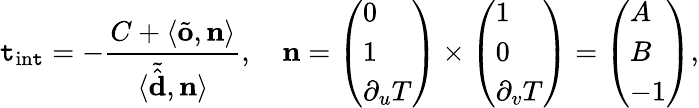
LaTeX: \mathtt{t}_{\mathrm{{in\mathtt{t}}}}=-\frac{{C+\langle\tilde{{\mathbf{{o}}}},\mathbf{{n}}\rangle}}{{\langle\tilde{{\hat{{\mathbf{{d}}}}}},\mathbf{{n}}\rangle}},\quad\mathbf{{n}}=\left(\begin{array}{l}{0}\\ {1}\\ {\partial_{u}T}\end{array}\right)\times\left(\begin{array}{l}{1}\\ {0}\\ {\partial_{v}T}\end{array}\right)=\left(\begin{array}{l}{A}\\ {B}\\ {-1}\end{array}\right),